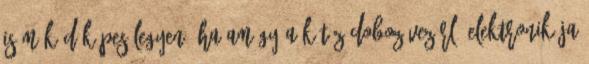
is működőképes legyen, ha amúgy a kötöződoboz vezérlő elektronikája